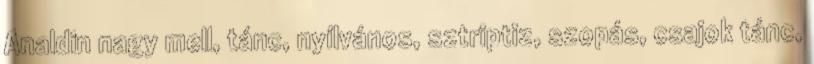
Analdin nagy mell, tánc, nyílvános, sztriptiz, szopás, csajok tánc,